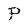
Character: p